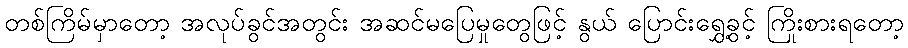
တစ်ကြိမ်မှာတော့ အလုပ်ခွင်အတွင်း အဆင်မပြေမှုတွေဖြင့် နွယ် ပြောင်းရွှေ့ခွင့် ကြိုးစားရတော့